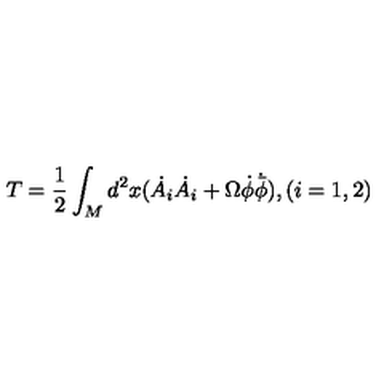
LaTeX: T = \frac { 1 } { 2 } \int _ { M } d ^ { 2 } x ( \dot { A } _ { i } \dot { A } _ { i } + \Omega \dot { \phi } \dot { { \bar { \phi } } } ) , ( i = 1 , 2 )